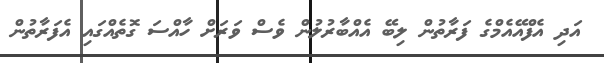
އަދި އެފްއޭއެމްގެ ފަރާތުން ލިބޭ އެއްބާރުލުން ވެސް ވަރަށް ހާއްސަ ގޮތެއްގައި އެފަރާތުން